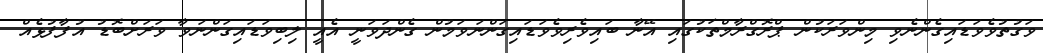
ވަގުތުވެވަޑައިގެންނެވި މިންވަރަކުން ޕްރޮގްރާމްތަކުގައި އޭނާ ބައިވެރިވެވަޑައިގަންނަވަމުން ގެންދަވަނީ އެއީ ލިބިވަޑައިގަންނަވާ ވަރަށްބޮޑު އުފާފުޅެއް